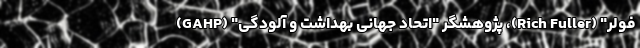
فولر" (Rich Fuller)، پژوهشگر "اتحاد جهانی بهداشت و آلودگی" (GAHP)